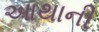
આથાની